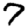
Digit: 7